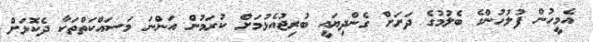
އެމީހުން ފުލުހުންގެ ބެލުމުގެ ދަށަށް ގެންދިޔައީ ބުރިޖުއެޅުމަށް ކުރަމުން އަންނަ މަސައްކަތްތަކާ ދެކޮޅަށް